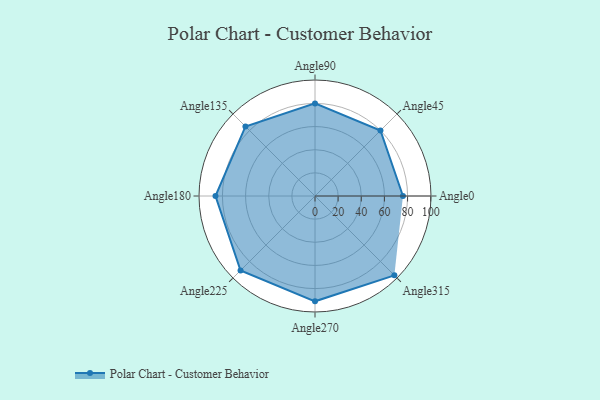
{"axis": {"x": "Angle", "y": "Radius"}, "legend": [""], "data": [{"x": "Angle0", "y": 76.0, "type": ""}, {"x": "Angle45", "y": 80.0, "type": ""}, {"x": "Angle90", "y": 80.0, "type": ""}, {"x": "Angle135", "y": 85.0, "type": ""}, {"x": "Angle180", "y": 86.0, "type": ""}, {"x": "Angle225", "y": 91.0, "type": ""}, {"x": "Angle270", "y": 91.0, "type": ""}, {"x": "Angle315", "y": 97.0, "type": ""}]}